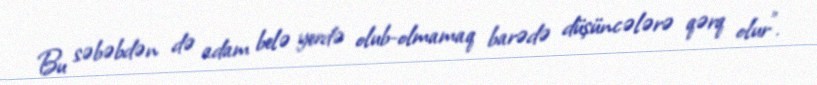
Bu səbəbdən də adam belə yerdə olub-olmamaq barədə düşüncələrə qərq olur”.